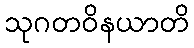
သုဂတဝိနယာတိ